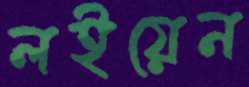
লইয়েন